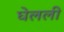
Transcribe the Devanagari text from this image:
घेलली